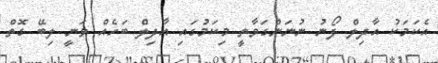
އެކަމަކު އާދިލް ފޯނު ނުނަންގަވާތީ މިކަމުގައި އާދިލް ބަހެއް ވަނީ ލިބޭ ގޮތް